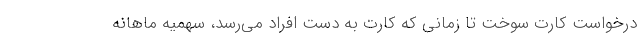
درخواست کارت سوخت تا زمانی که کارت به دست افراد می‌رسد، سهمیه ماهانه